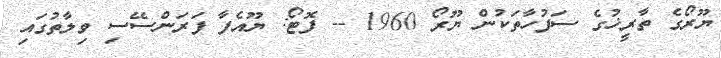
ޔޫރޯގެ ތާރީޚުގެ ސަފުހާތަކުން ޔޫރޯ 1960 -- ފޮޓޯ: ޔޫއެފާ ފަރަންސޭސި ވިލާތުގައި